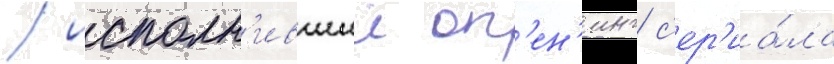
/ исполн'ившии оп'ен'инг с'ер'иа́ла